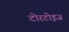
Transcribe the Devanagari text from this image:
टोरटोइज